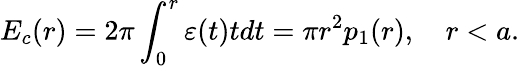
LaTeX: E_{c}(r)=2\pi\int_{0}^{r}{\varepsilon(t)tdt}=\pi r^{2}p_{1}(r),\quad r<a.